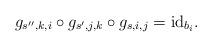
LaTeX: \begin{align*}g_{s^{\prime\prime},k,i}\circ g_{s^{\prime},j,k}\circ g_{s,i,j}=\mathrm{id}_{b_{i}}.\end{align*}